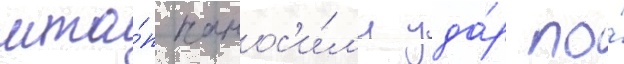
мта́п нанос'и́л'и уда́р по́